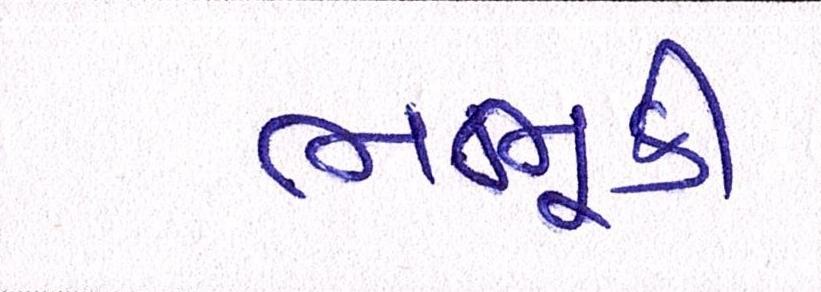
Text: ભભૂકી